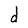
Character: d